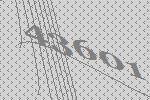
43601